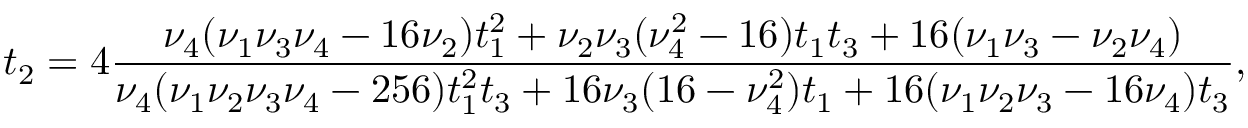
t _ { 2 } = 4 \frac { \nu _ { 4 } ( \nu _ { 1 } \nu _ { 3 } \nu _ { 4 } - 1 6 \nu _ { 2 } ) t _ { 1 } ^ { 2 } + \nu _ { 2 } \nu _ { 3 } ( \nu _ { 4 } ^ { 2 } - 1 6 ) t _ { 1 } t _ { 3 } + 1 6 ( \nu _ { 1 } \nu _ { 3 } - \nu _ { 2 } \nu _ { 4 } ) } { \nu _ { 4 } ( \nu _ { 1 } \nu _ { 2 } \nu _ { 3 } \nu _ { 4 } - 2 5 6 ) t _ { 1 } ^ { 2 } t _ { 3 } + 1 6 \nu _ { 3 } ( 1 6 - \nu _ { 4 } ^ { 2 } ) t _ { 1 } + 1 6 ( \nu _ { 1 } \nu _ { 2 } \nu _ { 3 } - 1 6 \nu _ { 4 } ) t _ { 3 } } ,